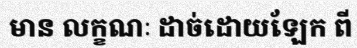
មាន លក្ខណៈ ដាច់ដោយឡែក ពី